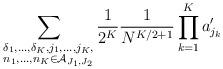
LaTeX: \begin{align*} \sum_{\substack{\delta_1,\ldots,\delta_K,j_1,\ldots,j_K,\\ n_1,\ldots,n_K\in\mathcal{A}_{J_1,J_2}}}\frac{1}{2^K}\frac{1}{N^{K/2+1}}\prod_{k=1}^Ka'_{j_k}\end{align*}